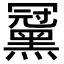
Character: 𪑪